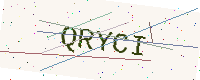
Text: QRYCI